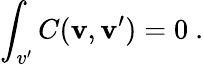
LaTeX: \int_{v^{\prime}}C({\mathbf{v},\mathbf{v^{\prime}}})=0\ .